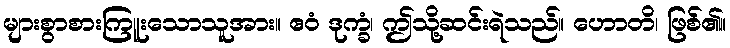
များစွာစားကြူးသောသူအား။ ဧဝံ ဒုက္ခံ၊ ဤသို့ဆင်းရဲသည်။ ဟောတိ၊ ဖြစ်၏။